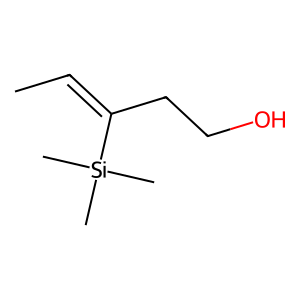
SMILES: CC=C(CCO)[Si](C)(C)C
Inhibits HIV replication: No